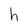
Character: h